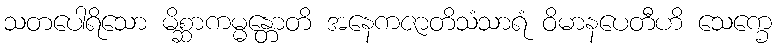
သတပေါရိသော မိစ္ဆာကမ္မန္တောတိ အနေကဇာတိသံသာရံ ဝိမာနပေတီဟိ သေက္ခေ